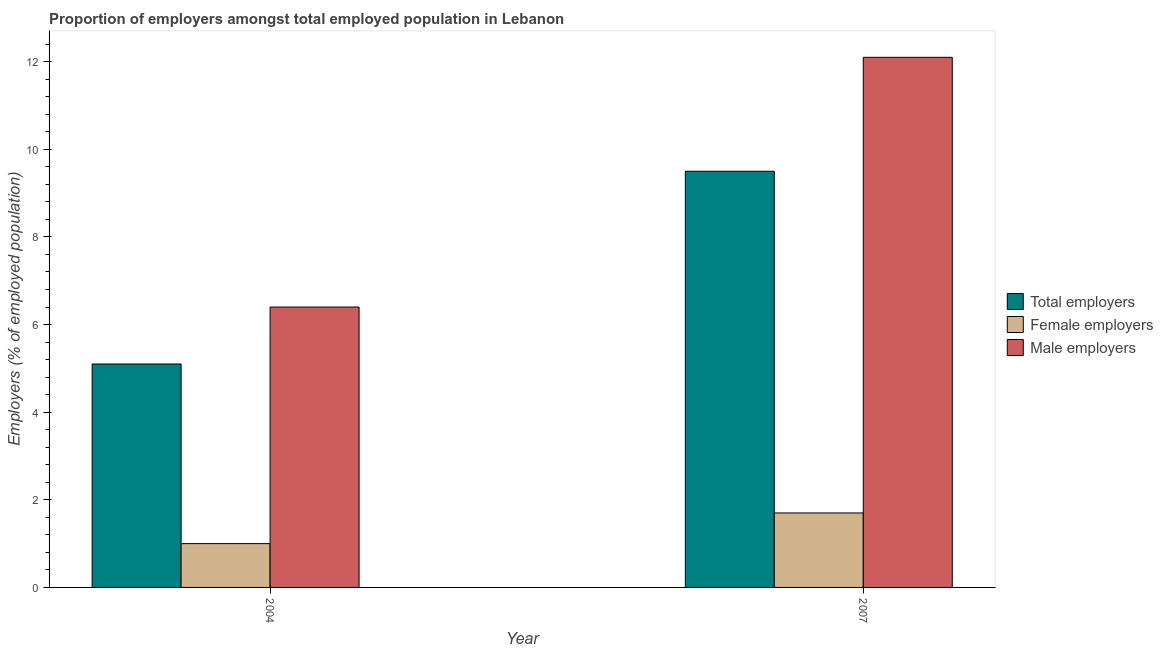
| Year | Total employers | Female employers | Male employers |
 | --- | --- | --- | --- |
 | 2004 | 5.1 | 1 | 6.4 |
 | 2007 | 9.5 | 1.7 | 12.1 |